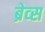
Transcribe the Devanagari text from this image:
ब्रेव्स